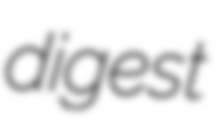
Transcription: digest